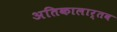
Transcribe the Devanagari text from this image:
अतिकालार्तव